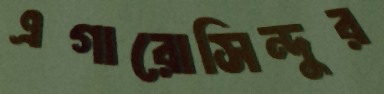
এগারোসিন্দুর